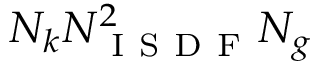
N _ { k } N _ { \mathrm { ~ I ~ S ~ D ~ F ~ } } ^ { 2 } N _ { g }